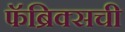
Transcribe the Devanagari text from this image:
फॅब्रिक्सची